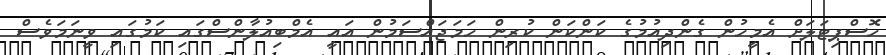
ހޮސްޕިޓަލަށް އެމީހުން ގެންދިއުމުގެ ކަންކަން ކުރިން ހަމަޖައްސަމުން އައީ އެމްބިއުލާންސްގައި ކަމުގައި ވީނަމަވެސް